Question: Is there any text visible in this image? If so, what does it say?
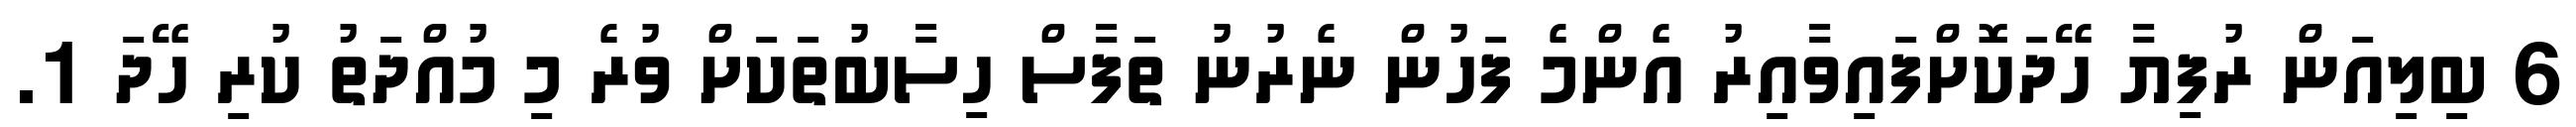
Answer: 6 ބިލިއަން ރުފިޔާ ހޭދަކޮށްފައިވާއިރު އެންމެ ފަހުން ނެރުނު ތަފާސް ހިސާބުތަކަށް ވުރެ މި މުއްދަތު ކުރި ހޭދަ 1.